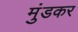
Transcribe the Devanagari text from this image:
मुंडकर